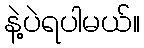
နဲ့ပဲရပါမယ်။